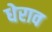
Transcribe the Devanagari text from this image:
धेराव